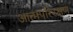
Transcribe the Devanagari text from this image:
आत्मपरिरक्षण